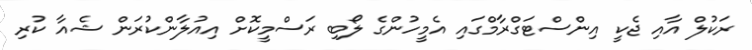
ރަކުލް އާއި ޖެކީ އިންސްޓަގްރާމްގައި އެމީހުންގެ ލޯބި ރަސްމީކޮށް އިއުލާންކުރަން ޝެއާ ކުރި